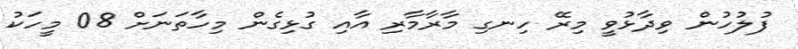
ފުލުހުން ވިދާޅުވީ މިރޭ ހިނގި މާރާމާރި އާއި ގުޅިގެން މިހާތަނަށް 08 މީހަކު